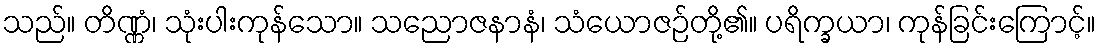
သည်။ တိဏ္ဏံ၊ သုံးပါးကုန်သော။ သညောဇနာနံ၊ သံယောဇဉ်တို့၏။ ပရိက္ခယာ၊ ကုန်ခြင်းကြောင့်။